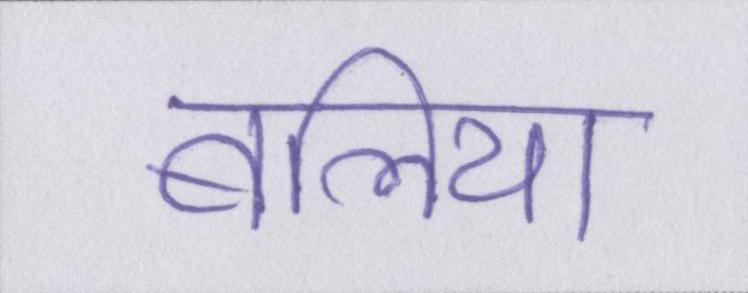
बलिया